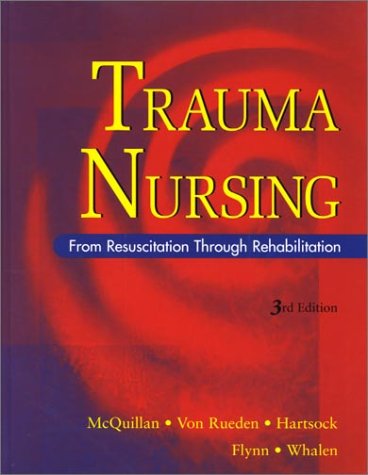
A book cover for Trauma Nursing: From Resuscitation Through Rehabilitation; Karen A. McQuillan RN  MS  CCRN  CNRN; Medical Books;